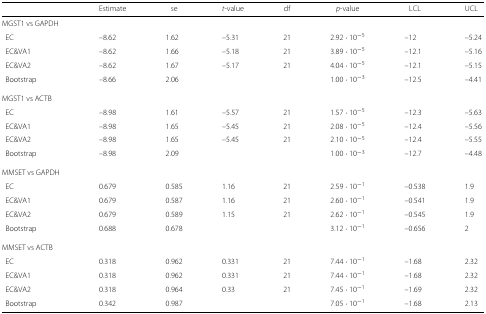
<table><thead><tr><td></td><td><b>Estimate</b></td><td><b>se</b></td><td><b><i>t</i>-value</b></td><td><b>df</b></td><td><b><i>p</i>-value</b></td><td><b>LCL</b></td><td><b>UCL</b></td></tr></thead><tbody><tr><td>MGST1 vs GAPDH</td><td></td><td></td><td></td><td></td><td></td><td></td><td></td></tr><tr><td>EC</td><td>–8.62</td><td>1.62</td><td>–5.31</td><td>21</td><td>2.92·10<sup>−5</sup></td><td>–12</td><td>–5.24</td></tr><tr><td>EC&amp;VA1</td><td>–8.62</td><td>1.66</td><td>–5.18</td><td>21</td><td>3.89·10<sup>−5</sup></td><td>–12.1</td><td>–5.16</td></tr><tr><td>EC&amp;VA2</td><td>–8.62</td><td>1.67</td><td>–5.17</td><td>21</td><td>4.04·10<sup>−5</sup></td><td>–12.1</td><td>–5.15</td></tr><tr><td>Bootstrap</td><td>–8.66</td><td>2.06</td><td></td><td></td><td>1.00·10<sup>−3</sup></td><td>–12.5</td><td>–4.41</td></tr><tr><td>MGST1 vs ACTB</td><td></td><td></td><td></td><td></td><td></td><td></td><td></td></tr><tr><td>EC</td><td>–8.98</td><td>1.61</td><td>–5.57</td><td>21</td><td>1.57·10<sup>−5</sup></td><td>–12.3</td><td>–5.63</td></tr><tr><td>EC&amp;VA1</td><td>–8.98</td><td>1.65</td><td>–5.45</td><td>21</td><td>2.08·10<sup>−5</sup></td><td>–12.4</td><td>–5.56</td></tr><tr><td>EC&amp;VA2</td><td>–8.98</td><td>1.65</td><td>–5.45</td><td>21</td><td>2.10·10<sup>−5</sup></td><td>–12.4</td><td>–5.55</td></tr><tr><td>Bootstrap</td><td>–8.98</td><td>2.09</td><td></td><td></td><td>1.00·10<sup>−3</sup></td><td>–12.7</td><td>–4.48</td></tr><tr><td>MMSET vs GAPDH</td><td></td><td></td><td></td><td></td><td></td><td></td><td></td></tr><tr><td>EC</td><td>0.679</td><td>0.585</td><td>1.16</td><td>21</td><td>2.59·10<sup>−1</sup></td><td>–0.538</td><td>1.9</td></tr><tr><td>EC&amp;VA1</td><td>0.679</td><td>0.587</td><td>1.16</td><td>21</td><td>2.60·10<sup>−1</sup></td><td>–0.541</td><td>1.9</td></tr><tr><td>EC&amp;VA2</td><td>0.679</td><td>0.589</td><td>1.15</td><td>21</td><td>2.62·10<sup>−1</sup></td><td>–0.545</td><td>1.9</td></tr><tr><td>Bootstrap</td><td>0.688</td><td>0.678</td><td></td><td></td><td>3.12·10<sup>−1</sup></td><td>–0.656</td><td>2</td></tr><tr><td>MMSET vs ACTB</td><td></td><td></td><td></td><td></td><td></td><td></td><td></td></tr><tr><td>EC</td><td>0.318</td><td>0.962</td><td>0.331</td><td>21</td><td>7.44·10<sup>−1</sup></td><td>–1.68</td><td>2.32</td></tr><tr><td>EC&amp;VA1</td><td>0.318</td><td>0.962</td><td>0.331</td><td>21</td><td>7.44·10<sup>−1</sup></td><td>–1.68</td><td>2.32</td></tr><tr><td>EC&amp;VA2</td><td>0.318</td><td>0.964</td><td>0.33</td><td>21</td><td>7.45·10<sup>−1</sup></td><td>–1.69</td><td>2.32</td></tr><tr><td>Bootstrap</td><td>0.342</td><td>0.987</td><td></td><td></td><td>7.05·10<sup>−1</sup></td><td>–1.68</td><td>2.13</td></tr></tbody></table>